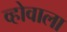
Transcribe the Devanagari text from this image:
व्होवाला